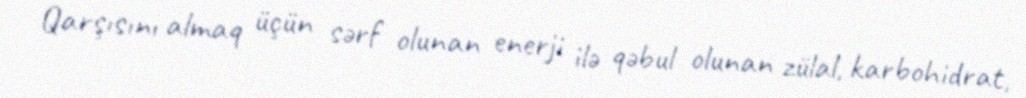
Qarşısını almaq üçün sərf olunan enerji ilə qəbul olunan zülal, karbohidrat,